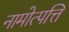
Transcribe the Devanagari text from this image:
नामोत्पत्ति